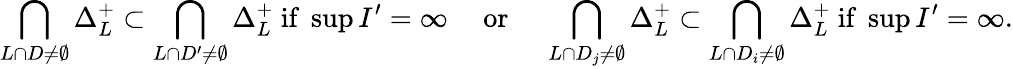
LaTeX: \bigcap_{L\cap D\neq\emptyset}\Delta_{L}^{+}\subset\bigcap_{L\cap D^{\prime}\neq\emptyset}\Delta_{L}^{+}\mathrm{~if~}\operatorname*{sup}I^{\prime}=\infty\quad\mathrm{~or~}\quad\bigcap_{L\cap D_{j}\neq\emptyset}\Delta_{L}^{+}\subset\bigcap_{L\cap D_{i}\neq\emptyset}\Delta_{L}^{+}\mathrm{~if~}\operatorname*{sup}I^{\prime}=\infty.